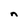
Character: n